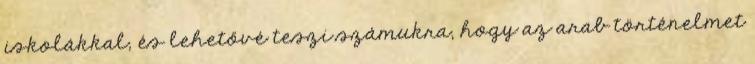
iskolákkal, és lehetővé teszi számukra, hogy az arab történelmet